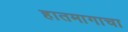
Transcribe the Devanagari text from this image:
हातमागाचा